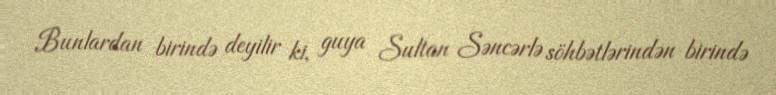
Bunlardan birində deyilir ki, guya Sultan Səncərlə söhbətlərindən birində